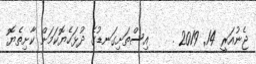
ޖެނުއަރީ 14